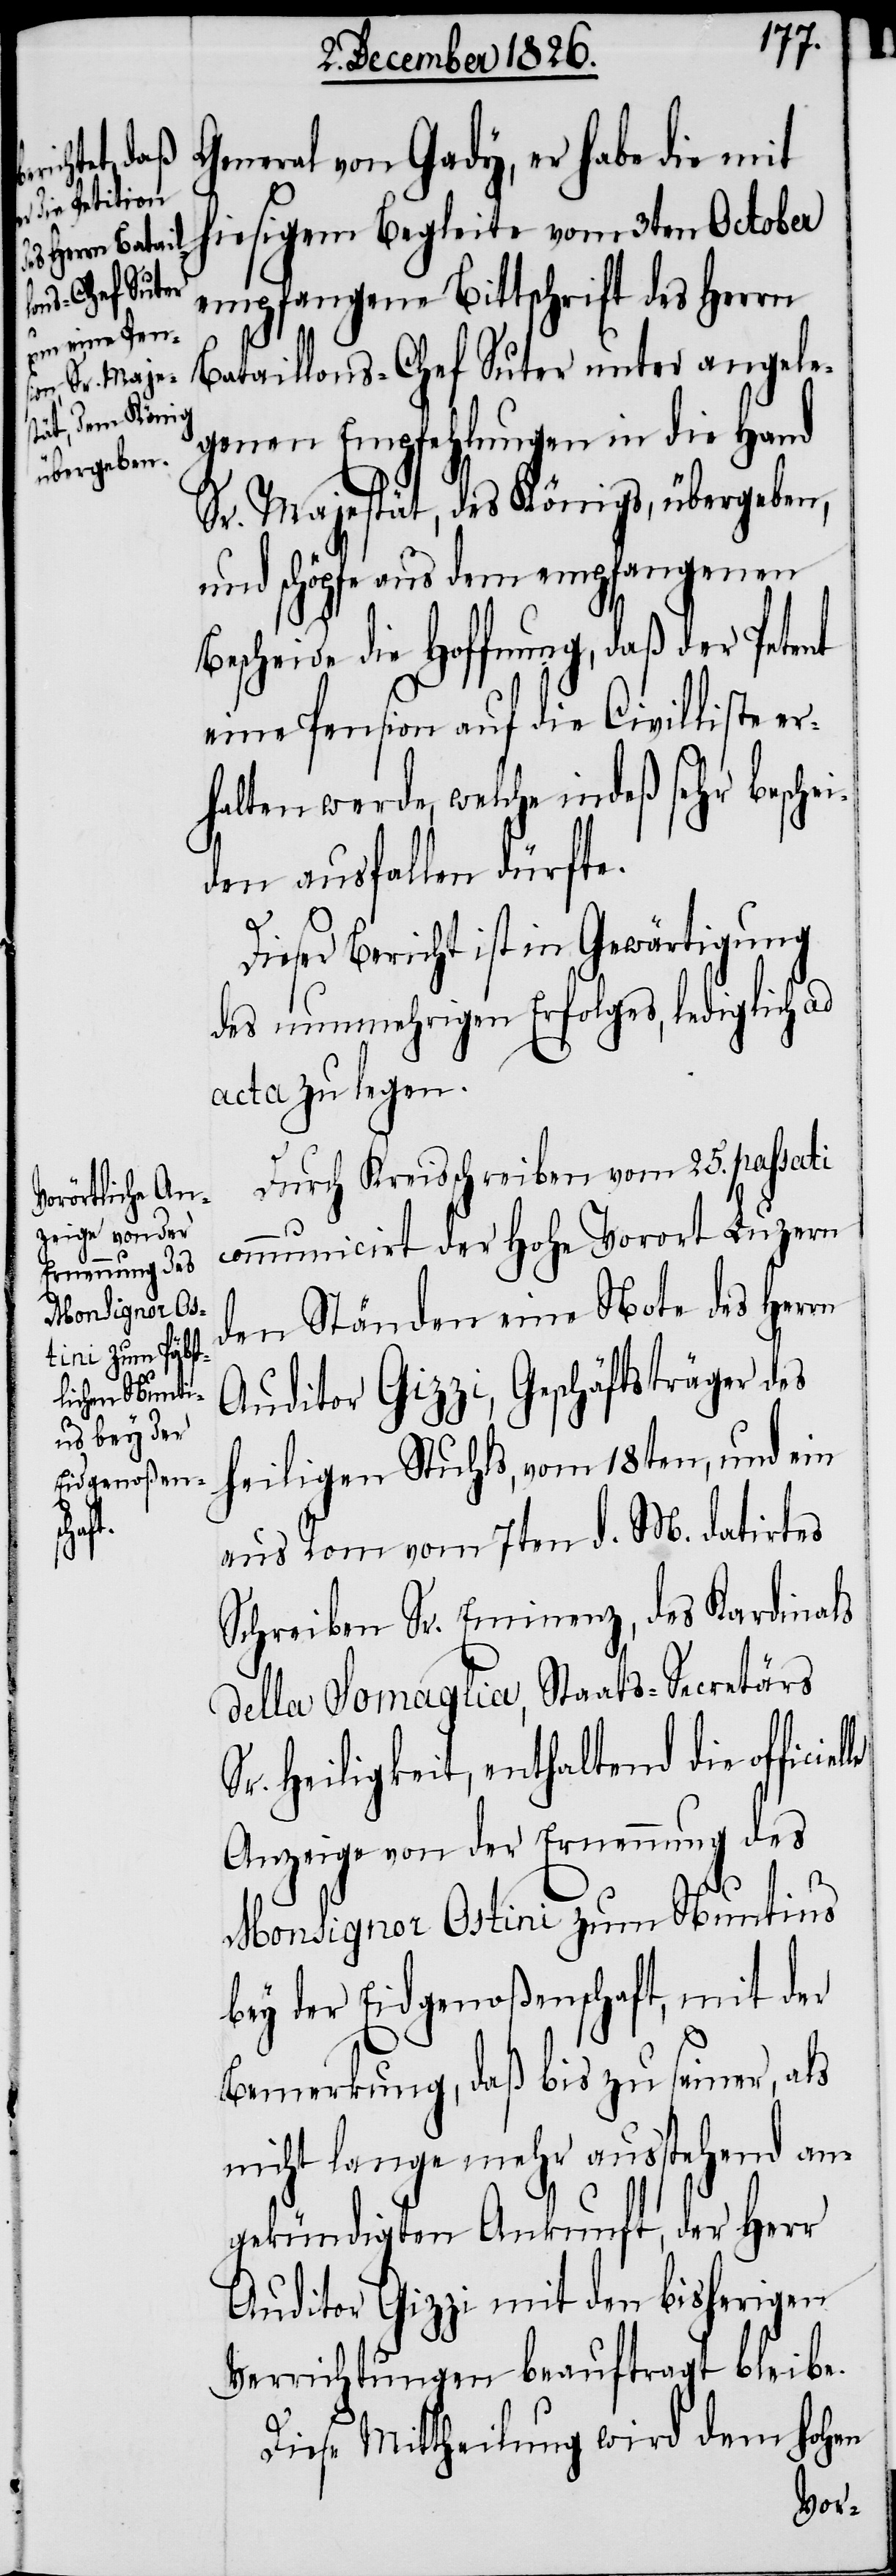
le

General von Gady, er habe die mit
hiesigem Begleite vom 3ten October
empfangene Bittschrift des Herrn
Bataillons-Chef Suter unter angele¬
genen Empfehlungen in die Hand
Sr. Majestät, des Königs, übergeben,
und schöpfe aus dem empfangenen
Bescheide die Hoffnung, daß der Petent
eine Pension auf die Civilliste er¬
halten werde, welche indeß sehr besche¬
iden ausfallen dürfte.
Dieser Bericht ist in Gewärtigung
des nunmehrigen Erfolges, lediglich ad
acta zu legen.
Durch Kreisschreiben vom 25. passati
communicirt der hohe Vorort Luzern
den Ständen eine Note des Herrn
Auditor Gizzi, Geschäftsträger des
heiligen Stuhls, vom 18ten, und ein
aus Rom vom 7ten d. M. datirtes
Schreiben Sr. Eminenz, des Kardinals
della Somaglia, Staats-Secretärs
Sr. Heiligkeit, enthaltend die officie¬
Anzeige von der Ernennung des
Monsignor Ostini zum Nuntius
bey der Eidgenoßenschaft, mit der
Bemerkung, daß bis zu seiner, als
nicht lange mehr ausstehend an¬
gekündigten Ankunft, der Herr
Auditor Gizzi mit den bisherigen
Verrichtungen beauftragt bleibe.
Diese Mittheilung wird dem hohen